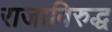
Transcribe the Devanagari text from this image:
राजाविरुद्ध